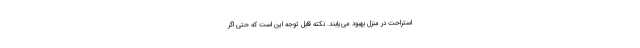
استراحت در منزل بهبود می‌یابند. نکته قابل توجه این است که حتی اگر